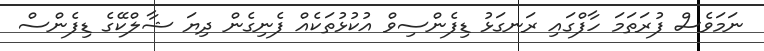
ނަމަވެސް ފުރަތަމަ ހާފްގައި ރަނގަޅު ޑިފެންސިވް އުކުޅުތަކެއް ފެނިގެން ދިޔަ ޝާލްކޭގެ ޑިފެންސް